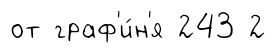
от граф'и́н'я 243 2